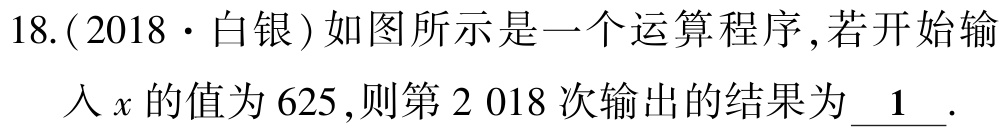
18.(2018·白银)如图所示是一个运算程序,若开始输入\(x\)的值为\(625\),则第\(2 018\)次输出的结果为\(\underline{1}\).